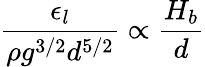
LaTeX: \frac{\epsilon_{l}}{\rho g^{3/2}d^{5/2}}\propto\frac{H_{b}}{d}